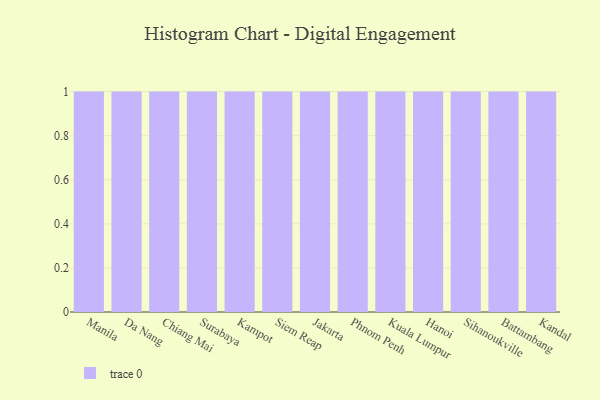
{"axis": {"x": "City", "y": "Inventory Turnover"}, "legend": [""], "data": [{"x": "Manila", "y": 100, "type": ""}, {"x": "Da Nang", "y": 89, "type": ""}, {"x": "Chiang Mai", "y": 2, "type": ""}, {"x": "Surabaya", "y": 1, "type": ""}, {"x": "Kampot", "y": 52, "type": ""}, {"x": "Siem Reap", "y": 97, "type": ""}, {"x": "Jakarta", "y": 15, "type": ""}, {"x": "Phnom Penh", "y": 22, "type": ""}, {"x": "Kuala Lumpur", "y": 87, "type": ""}, {"x": "Hanoi", "y": 15, "type": ""}, {"x": "Sihanoukville", "y": 68, "type": ""}, {"x": "Battambang", "y": 30, "type": ""}, {"x": "Kandal", "y": 36, "type": ""}]}